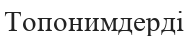
Топонимдерді